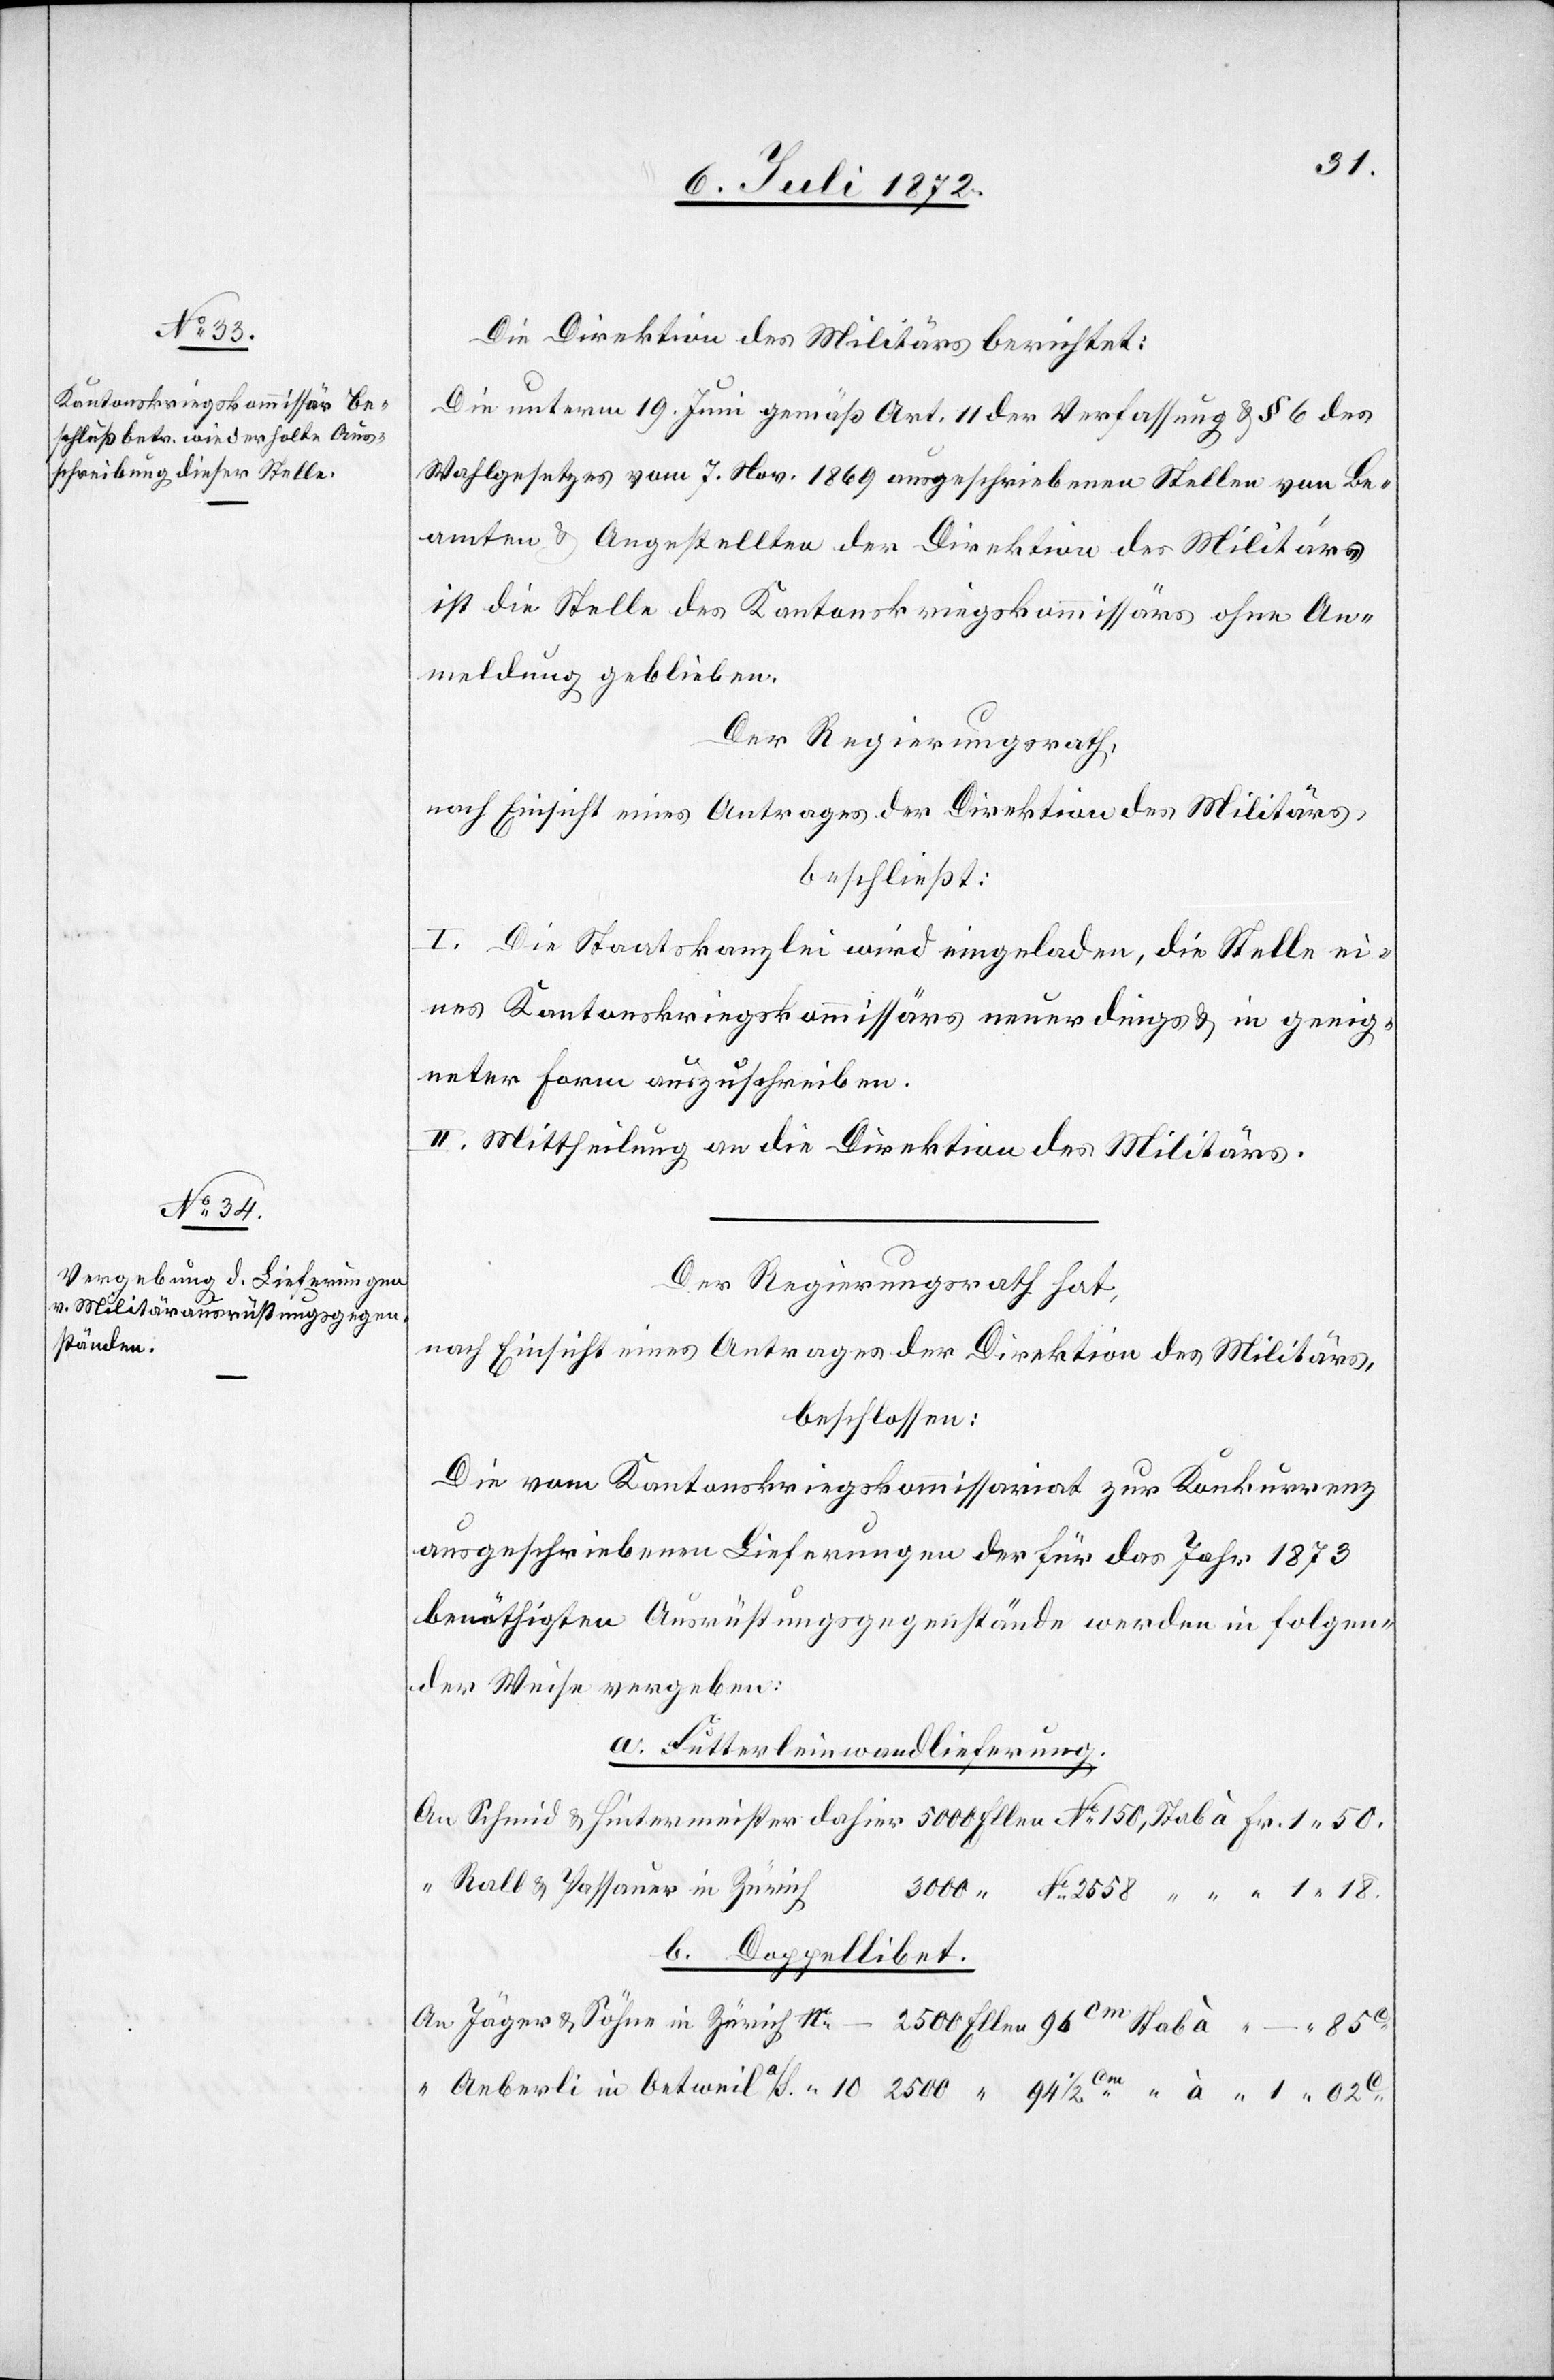
No 2558

Die Direktion des Militärs berichtet:
Die unterm 19. Juni gemäß Art. 11 der Verfassung u. § 6 des
Wahlgesetzes vom 7. Nov. 1869 ausgeschriebenen Stellen von Be¬
amten u. Angestellten der Direktion des Militärs
ist die Stelle des Kantonskriegskommissärs ohne An¬
meldung geblieben.
Der Regierungsrath,
nach Einsicht eines Antrages der Direktion des Militärs,
beschließt:
I. Die Staatskanzlei wird eingeladen, die Stelle ei¬
nes Kantonskriegskommissärs neuerdings u. in geeig¬
neter Form auszuschreiben.
II. Mittheilung an die Direktion des Militärs.
Der Regierungsrath hat,
nach Einsicht eines Antrages der Direktion des Militärs,
beschlossen:
Die vom Kantonskriegskommissariat zur Konkurrenz
ausgeschriebenen Lieferungen der für das Jahr 1873
benöthigten Ausrüstungsgegenstände werden in folgen¬
der Weise vergeben:
a. Futterleinwandlieferung.
Rall u. Passsauer in Zürich
b. Doppellibet.
Jäger u. Söhne in Zürich